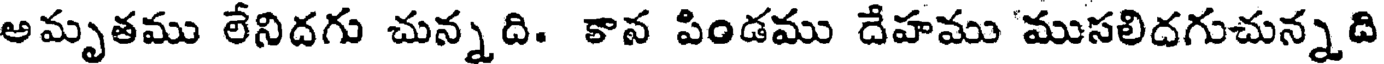
అమృతము లేనిదగు చున్నది. కాన పిండము దేహము 'ముసలిదగుచున్నది